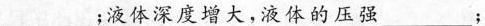
_________；液体深度增大，液体的压强_________；